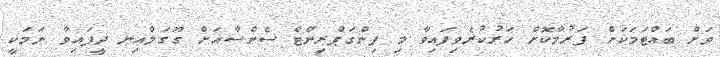
ވަށް ބައްޓަމަކަށް ފަރުމާކޮށް ހަރުކުރެވިފައިވާ މި ފިންގަޕްރިންޓް ސެންސާއަށް ގޫގަލްއިނ ދީފައިވާ ނަމަކީ